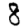
Digit: 8